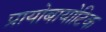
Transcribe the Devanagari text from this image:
प्रायोबायोटिक